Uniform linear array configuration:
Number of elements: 64
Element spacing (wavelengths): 0.25
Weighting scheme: uniform
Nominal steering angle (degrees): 45
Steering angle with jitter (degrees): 44.712
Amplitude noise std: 0.05
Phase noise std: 0.05

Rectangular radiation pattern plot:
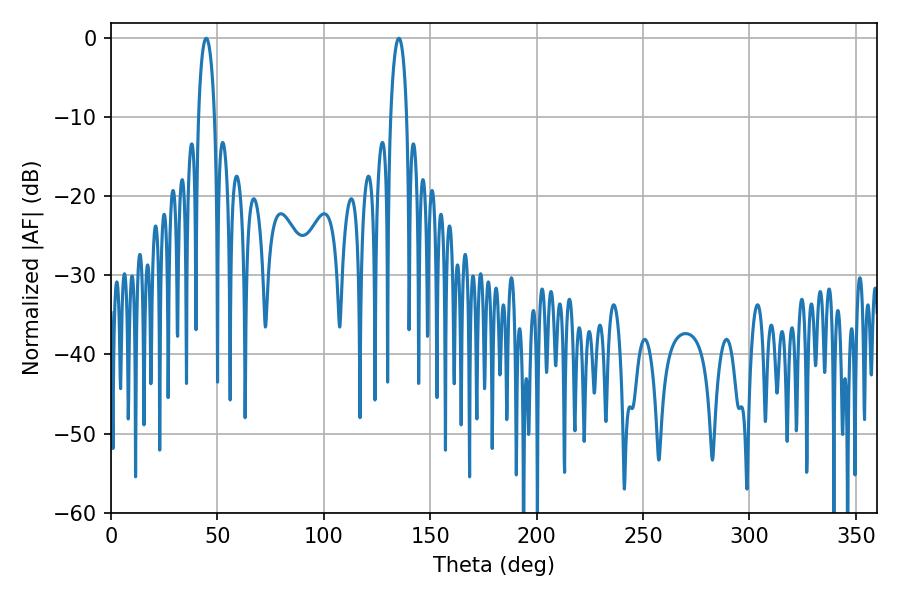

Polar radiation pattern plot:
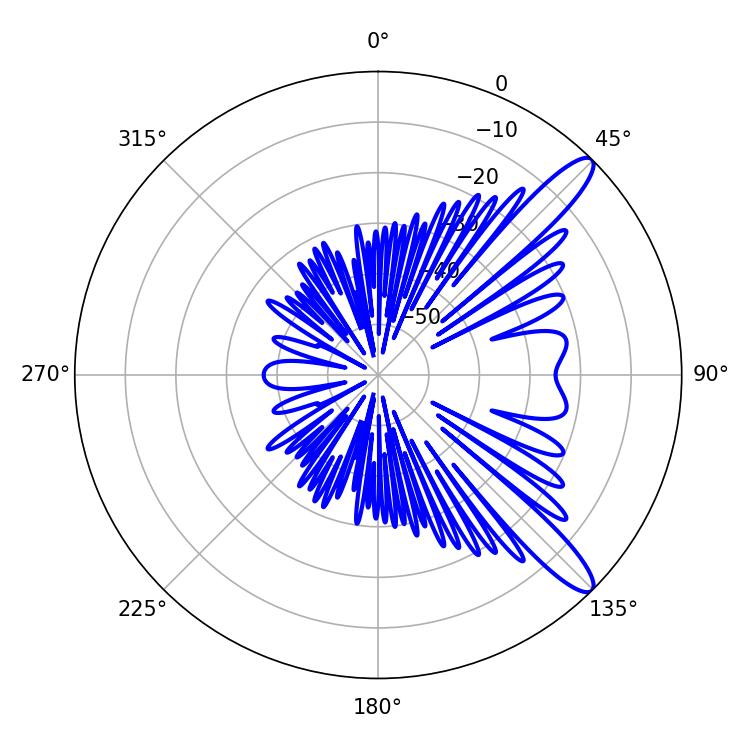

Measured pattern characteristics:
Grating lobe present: FALSE
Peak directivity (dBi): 12.037
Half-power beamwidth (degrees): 4.32
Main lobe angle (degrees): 135.18